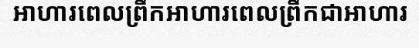
អាហារពេលព្រឹកអាហារពេលព្រឹកជាអាហារ